Lunatic asylums Burma 1922-24 - 1922-1924
Year: 1922
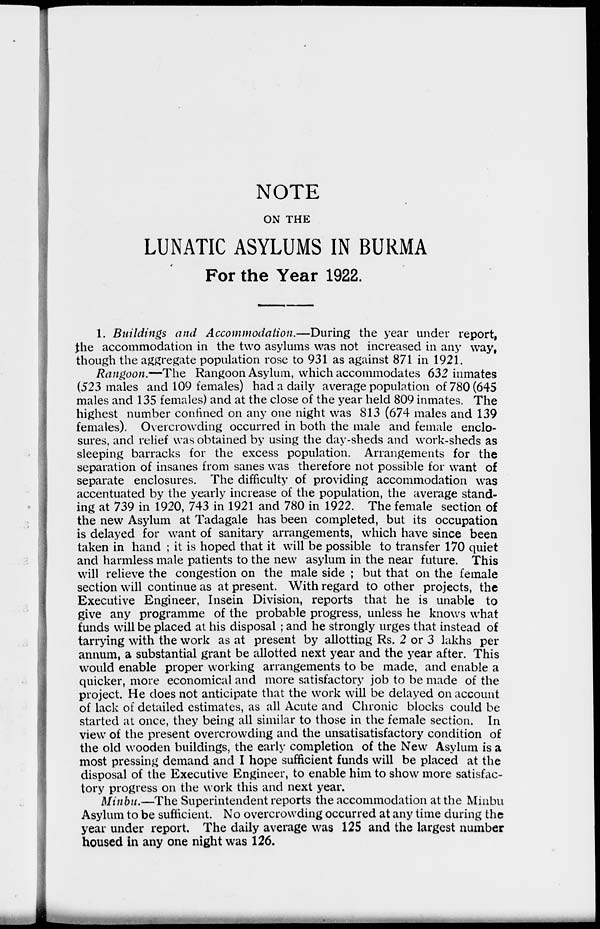
NOTE
ON THE
LUNATIC ASYLUMS IN BURMA
For the Year 1922.
1. Buildings and Accommodation.—During the year under report,
the accommodation in the two asylums was not increased in any way,
though the aggregate population rose to 931 as against 871 in 1921.
Rangoon.—The Rangoon Asylum, which accommodates 632 inmates
(523 males and 109 females) had a daily average population of 780 (645
males and 135 females) and at the close of the year held 809 inmates. The
highest number confined on any one night was 813 (674 males and 139
females). Overcrowding occurred in both the male and female enclo-
sures, and relief was obtained by using the day-sheds and work-sheds as
sleeping barracks for the excess population. Arrangements for the
separation of insanes from sanes was therefore not possible for want of
separate enclosures. The difficulty of providing accommodation was
accentuated by the yearly increase of the population, the average stand-
ing at 739 in 1920, 743 in 1921 and 780 in 1922. The female section of
the new Asylum at Tadagale has been completed, but its occupation
is delayed for want of sanitary arrangements, which have since been
taken in hand ; it is hoped that it will be possible to transfer 170 quiet
and harmless male patients to the new asylum in the near future. This
will relieve the congestion on the male side ; but that on the female
section will continue as at present. With regard to other projects, the
Executive Engineer, Insein Division, reports that he is unable to
give any programme of the probable progress, unless he knows what
funds will be placed at his disposal ; and he strongly urges that instead of
tarrying with the work as at present by allotting Rs. 2 or 3 lakhs per
annum, a substantial grant be allotted next year and the year after. This
would enable proper working arrangements to be made, and enable a
quicker, more economical and more satisfactory job to be made of the
project. He does not anticipate that the work will be delayed on account
of lack of detailed estimates, as all Acute and Chronic blocks could be
started at once, they being all similar to those in the female section. In
view of the present overcrowding and the unsatisatisfactory condition of
the old wooden buildings, the early completion of the New Asylum is a
most pressing demand and I hope sufficient funds will be placed at the
disposal of the Executive Engineer, to enable him to show more satisfac-
tory progress on the work this and next year.
Minbu.—The Superintendent reports the accommodation at the Minbu
Asylum to be sufficient. No overcrowding occurred at any time during the
year under report. The daily average was 125 and the largest number
housed in any one night was 126.